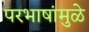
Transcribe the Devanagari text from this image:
परभाषांमुळे